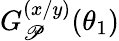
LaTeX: G_{\mathscr{P}}^{(x/y)}(\theta_{1})